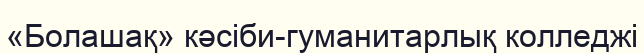
«Болашақ» кәсіби-гуманитарлық колледжі